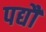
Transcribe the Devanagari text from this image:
पद्यौं